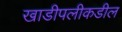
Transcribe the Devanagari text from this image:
खाडीपलीकडील